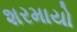
શરમાયો